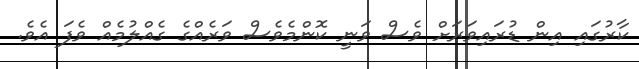
ކާރުގައި އިން ޑުރައިވަރަށް ވެސް ވަނީ ކޮންމެވެސް ވަރެއްގެ ގެއްލުމެއް ވެފަ އެވެ.